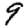
Digit: 9